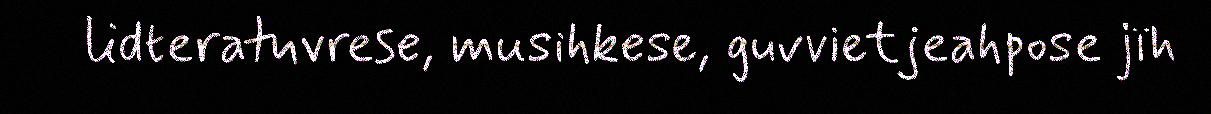
lidteratuvrese, musihkese, guvvietjeahpose jïh